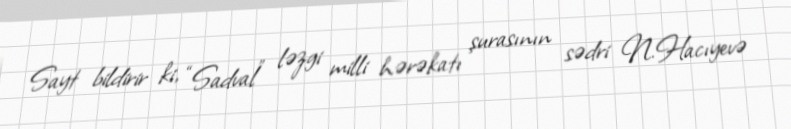
Sayt bildirir ki, “Sadval” ləzgi milli hərəkatı şurasının sədri N.Hacıyevə